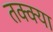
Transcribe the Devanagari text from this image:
तक्क्या